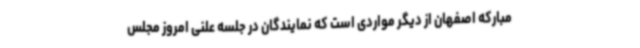
مبارکه اصفهان از دیگر مواردی است که نمایندگان در جلسه علنی امروز مجلس